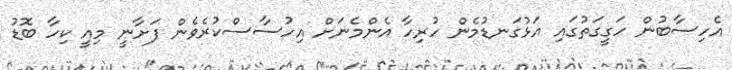
އެހިސާބުން ހަގީގަތުގައި އަޅުގަނޑުމެން ހުރިހާ އެންމެނަށް އިހުސާސްކުރެވެން ފަށާނީ މިއީ ކިހާ ބޮޑު